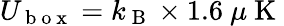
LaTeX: U_{\mathrm{~b~o~x~}}=k_{\mathrm{~B~}}\times 1.6~\mu\mathrm{~K~}